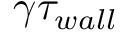
\gamma \tau _ { w a l l }